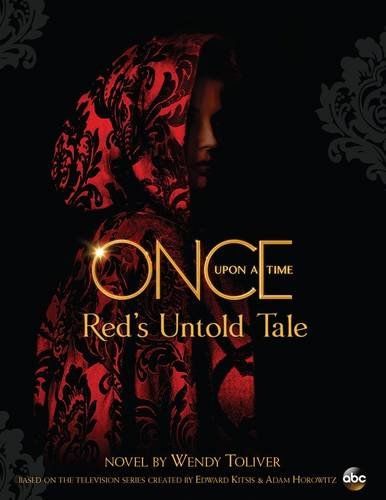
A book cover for Once Upon a Time: Red's Untold Tale; Wendy Toliver; Teen & Young Adult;